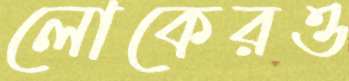
লোকেরও